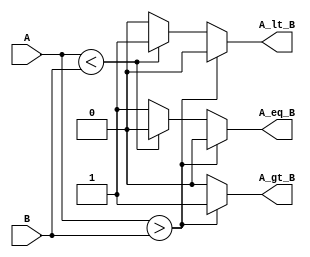
module parameterized_comparator #(parameter WIDTH = 8) (
    input  wire [WIDTH-1:0] A,        // Input A
    input  wire [WIDTH-1:0] B,        // Input B
    output reg  A_gt_B,               // A greater than B
    output reg  A_lt_B,               // A less than B
    output reg  A_eq_B                // A equal to B
);

// Always block to handle comparison logic
always @(*) begin
    // Initialize outputs to low
    A_gt_B = 1'b0;
    A_lt_B = 1'b0;
    A_eq_B = 1'b0;

    // Compare A and B
    if (A > B) begin
        A_gt_B = 1'b1;
    end else if (A < B) begin
        A_lt_B = 1'b1;
    end else begin
        A_eq_B = 1'b1;
    end
end

endmodule